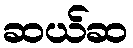
ဆယ်ဆ